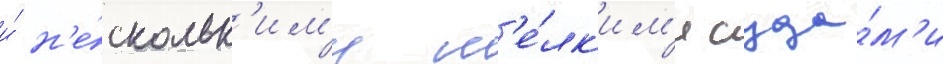
и́ н'е́скольк'им'и м'е́лк'им'и суда́м'и